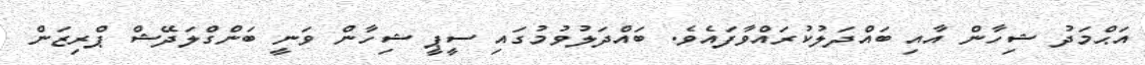
އަޙްމަދު ޝިހާން އާއި ބައްދަލުކުރައްވާފައެވެ. ބައްދަލުވުމުގައި ސީޕީ ޝިހާން ވަނީ ބަންގްލަދޭޝް ޕްރިޒަން